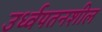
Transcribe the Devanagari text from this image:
उर्ध्वपतनशील